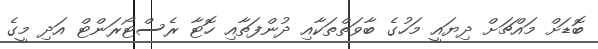
ބޮޑަށް މައްޗަށް ދިޔައީ މަހުގެ ބާވަތްތަކާއި ދުންފަތާއި ހޮޓާ ރެސްޓޯރަންޓް އަދި މީގެ